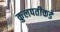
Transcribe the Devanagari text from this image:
कुलपतीकडे